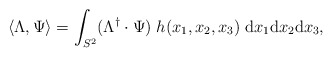
\begin{align*} \langle \Lambda, \Psi \rangle=\int_{S^2} (\Lambda^{\dagger}\cdot \Psi) \;h(x_1,x_2,x_3)\;\mathrm{d}x_1\mathrm{d}x_2\mathrm{d}x_3,\end{align*}